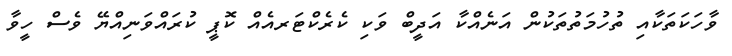
ވާހަކަތަކާއި ތުހުމަތުތަކުން އަނެއްކާ އަދީބް ވަކި ކެރެކްޓަރއެއް ކޮޕީ ކުރައްވަނިއްޔޭ ވެސް ހީވާ